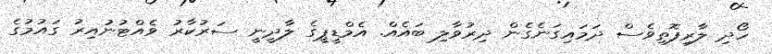
ހޯދި ލާރިފޮތިވެސް ދަމައިގަނެގެން ދިރުވާލި ބައެއް. އެމްޑީޕީގެ ލާދީނީ ސަރުކާރު ވެއްޓުނުއިރު ގައުމުގެ